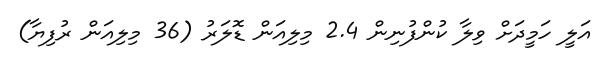
އަލީ ހަމީދަށް ވިލާ ކުންފުނިން 2.4 މިލިއަން ޑޮލަރު (36 މިލިއަން ރުފިޔާ)